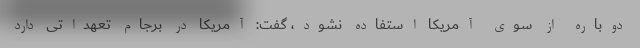
دوباره از سوی آمریکا استفاده نشود، گفت: آمریکا در برجام تعهداتی دارد